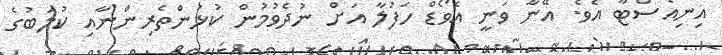
އިނިއެސްޓާ އެވެ. އޭނާ ވަނީ އެވޯޑް ހަފުލާ އަށް ނުދެވުމުން ކުޅުންތެރިންނާއި ކުލަބުގެ